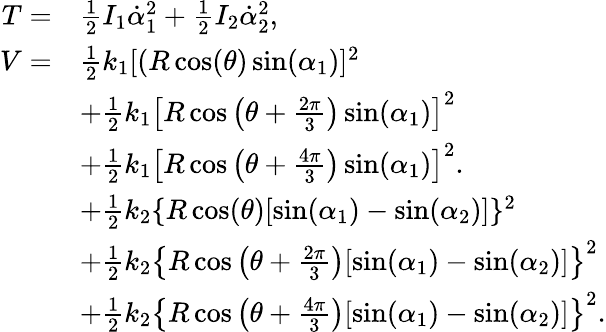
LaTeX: \begin{array}{rl}{T=}&{\frac{1}{2}I_{1}\dot{\alpha}_{1}^{2}+\frac{1}{2}I_{2}\dot{\alpha}_{2}^{2},}\\ {V=}&{\frac{1}{2}k_{1}[(R\cos(\theta)\sin(\alpha_{1})]^{2}}\\ &{+\frac{1}{2}k_{1}\left[R\cos\left(\theta+\frac{2\pi}{3}\right)\sin(\alpha_{1})\right]^{2}}\\ &{+\frac{1}{2}k_{1}\left[R\cos\left(\theta+\frac{4\pi}{3}\right)\sin(\alpha_{1})\right]^{2}.}\\ &{+\frac{1}{2}k_{2}\{ R\cos(\theta)[\sin(\alpha_{1})-\sin(\alpha_{2})]\} ^{2}}\\ &{+\frac{1}{2}k_{2}\left\{ R\cos\left(\theta+\frac{2\pi}{3}\right)[\sin(\alpha_{1})-\sin(\alpha_{2})]\right\} ^{2}}\\ &{+\frac{1}{2}k_{2}\left\{ R\cos\left(\theta+\frac{4\pi}{3}\right)[\sin(\alpha_{1})-\sin(\alpha_{2})]\right\} ^{2}.}\end{array}